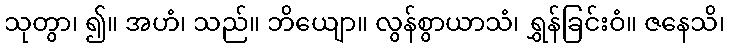
သုတွာ၊ ၍။ အဟံ၊ သည်။ ဘိယျော။ လွန်စွာယာသံ၊ ရွှန်ခြင်းဝံ။ ဇနေသိ၊